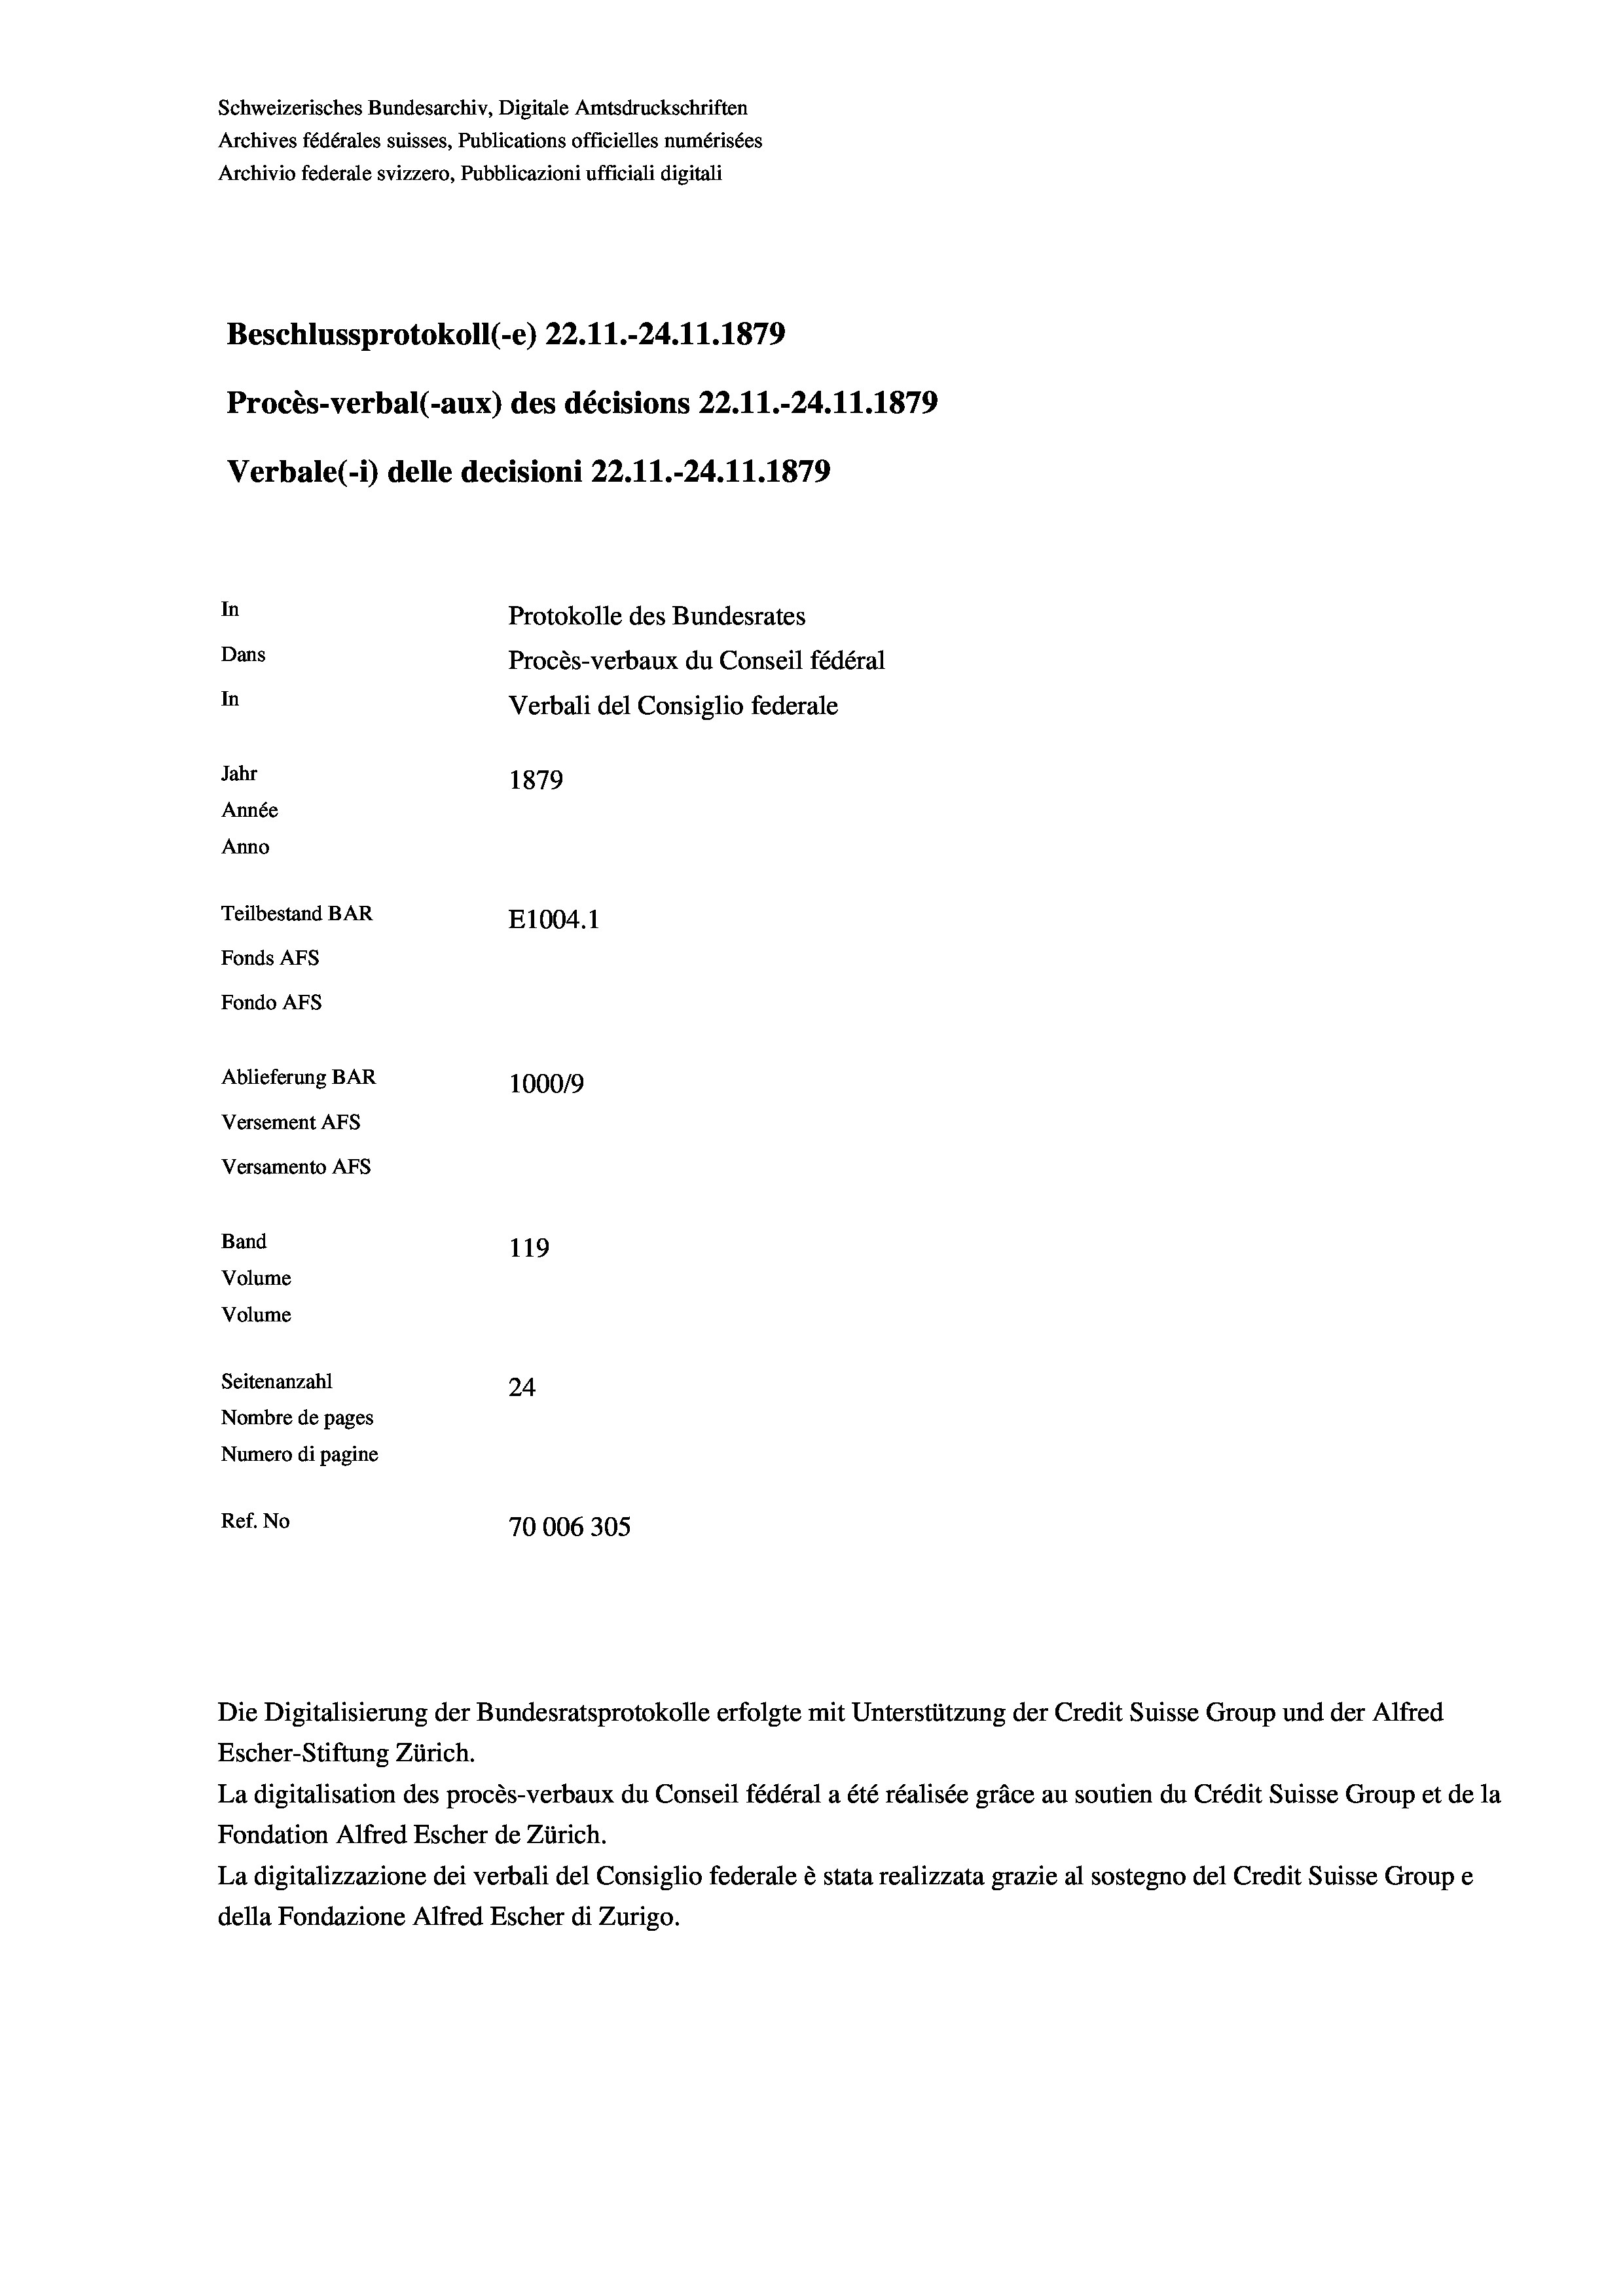
Beschlussprotokoll (-e) 22. 11.-24.11.1879
Procès-verbal (-aux) des décisions 22.11.-24.11.1879
In
Protokolle des Bundesrates
Dans
Procès-verbaux du Conseil fédéral
In
Verbali del Consiglio federale
Jahr
1879
Année
Anno
Teilbestand BAR
E1004. 1
Fonds Afs
Fondo Afs
Ablieferung BAR
10009
Versement Ans

Versamento Afs
Band
Volume

119
Volume
Seitenanzahl
24
Nombre de pages
Numero di pagine
Ref. No
70006305

Schweizerisches Bundesarchiv, Digitale Amtsdruckschriften
Archives fédérales suisses, Publications officielles numérisées
Archivio federale svizzero, Pubblicazioni ufficiali digitali

Verbale (i) delle decisioni 22.11.-24.11.1879

Die Digitalisierung der Bundesratsprotokolle erfolgte mit Unterstützung der Credit Suisse Group und der Alfred
Escher-Stiftung Zürich.
La digitalisation des procès-verbaux du Conseil fédéral a été réalisée gräce au soutien du Crédit Suisse Group et de la
Fondation Alfred Escher de Zürich.
La digitalizzazione dei verbali del Consiglio federale è stata realizzata grazie al sostegno del Credit Suisse Groupe
della Fondazione Alfred Escher di Zurigo.